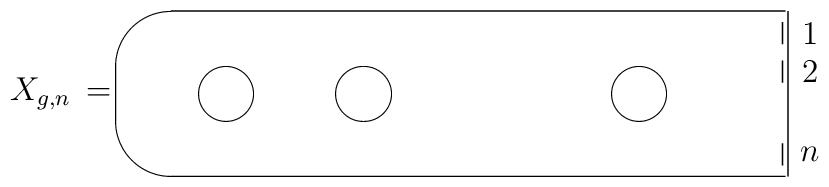
\unitlength=0.7mm\begin{picture}(143,30)\put(0,15){\makebox(0,0)[cc]{$X_{g,n}\,=$}}\put(131.50,15){\oval(243,30)[l]}\put(30,15){\circle{10}}\put(55,15){\circle{10}}\put(105,15){\circle{10}}\put(132,30){\line(0,-1){30}}\put(131,28){\line(0,-1){4}}\put(131,21){\line(0,-1){4}}\put(131,2){\line(0,1){4}}\put(136,26){\makebox(0,0)[cc]{1}}\put(136,19){\makebox(0,0)[cc]{2}}\put(136,4){\makebox(0,0)[cc]{$n$}}\end{picture}